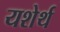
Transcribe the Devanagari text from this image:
यशेर्थ